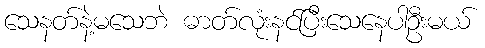
သေနတ်နဲ့မသေဘဲ ဓာတ်လုံးနင်ပြီးသေနေပါဦးမယ်